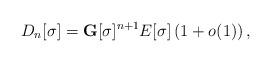
LaTeX: \begin{align*}D_{n}[\sigma]=\mathbf{G}[\sigma]^{n+1}E[\sigma]\left( 1+o(1) \right),\end{align*}